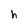
Character: h